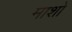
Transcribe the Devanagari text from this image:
माशो